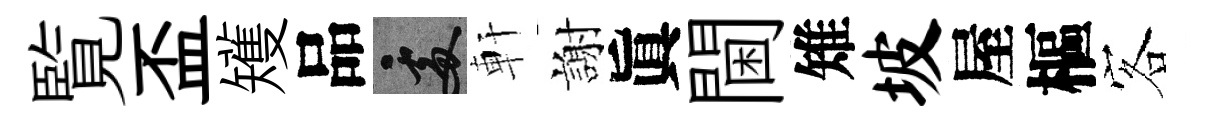
覧盃矱品處軒謝眞閫雉坡屋樞客